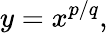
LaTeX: y=x^{p/q},